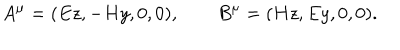
A ^ { \mu } = ( E z , - H y , 0 , 0 ) , \qquad B ^ { \mu } = ( H z , E y , 0 , 0 ) .